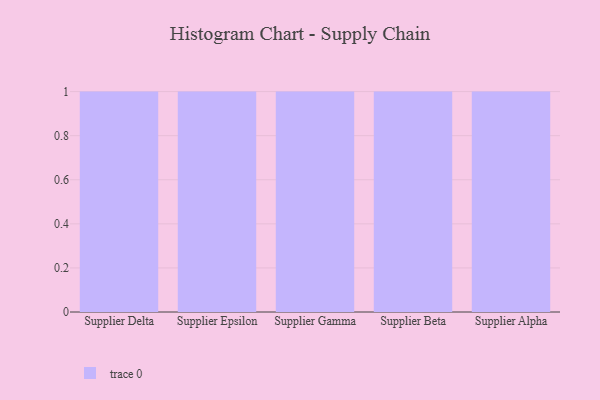
{"axis": {"x": "Supplier", "y": "Temperature (°C)"}, "legend": [""], "data": [{"x": "Supplier Delta", "y": 75, "type": ""}, {"x": "Supplier Epsilon", "y": 71, "type": ""}, {"x": "Supplier Gamma", "y": 37, "type": ""}, {"x": "Supplier Beta", "y": 62, "type": ""}, {"x": "Supplier Alpha", "y": 12, "type": ""}]}